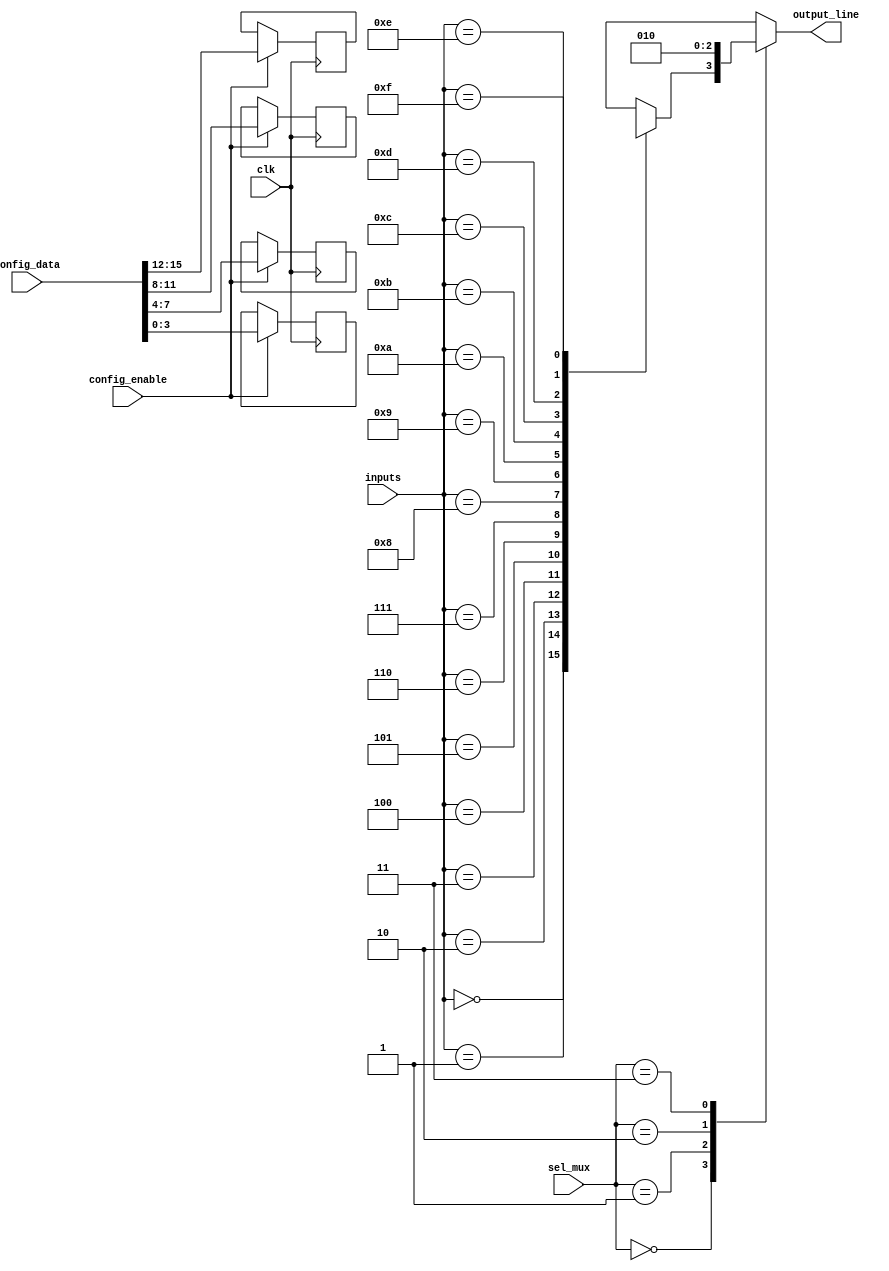
module CLB (
    input wire [3:0] inputs,          // Input lines
    input wire [1:0] sel_mux,         // Multiplexer select lines
    input wire clk,                   // Clock signal for configuration
    input wire [15:0] config_data,    // Configuration data for LUT
    input wire config_enable,          // Control signal to enable configuration
    output wire output_line            // Output line
);

    // Internal signals
    wire [3:0] lut_output;             // Output from LUT
    wire [3:0] mux_output;             // Output from multiplexer
    reg [3:0] lut [0:15];              // LUT configuration memory

    // Configuration logic for LUT
    always @(posedge clk) begin
        if (config_enable) begin
            lut[0] <= config_data[3:0];   // Configure LUT entry 0
            lut[1] <= config_data[7:4];   // Configure LUT entry 1
            lut[2] <= config_data[11:8];  // Configure LUT entry 2
            lut[3] <= config_data[15:12]; // Configure LUT entry 3
            // Additional configurations can be added as needed
        end
    end

    // LUT implementation
    assign lut_output = lut[inputs]; // Select LUT output based on inputs

    // Multiplexer implementation
    always @(*) begin
        case (sel_mux)
            2'b00: mux_output = lut_output; // Select LUT output
            2'b01: mux_output = 4'b0000;     // Example: select constant 0
            2'b10: mux_output = 4'b1111;     // Example: select constant 1
            2'b11: mux_output = 4'b1010;     // Example: select constant 2
            default: mux_output = 4'b0000;   // Default case
        endcase
    end

    // Output assignment
    assign output_line = mux_output[0]; // Output line driven by selected mux output

endmodule